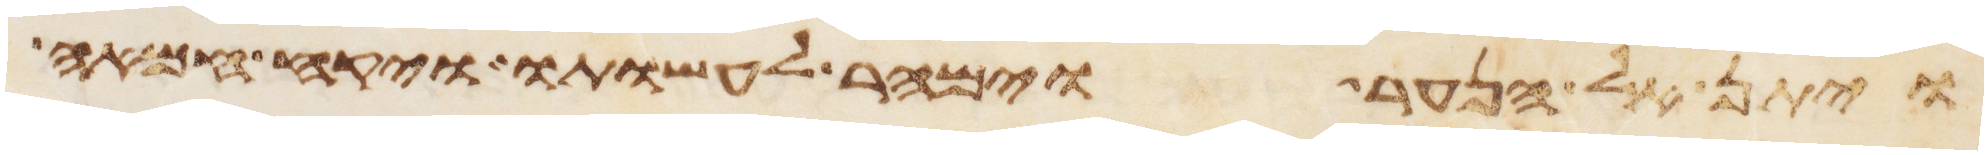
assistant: ויתן אל הנער וימהר לעשותו ויקח חמאה